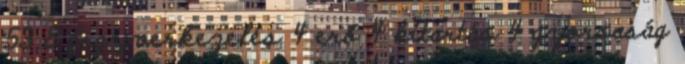
53 8 fegyverkezelés 4 erő 4 kitartás 4 gyorsaság